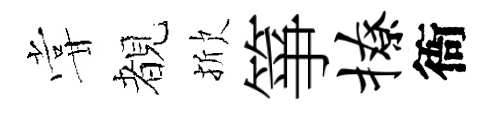
甞覩掀箏撩衙